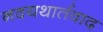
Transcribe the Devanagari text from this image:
नवयथार्तवाद